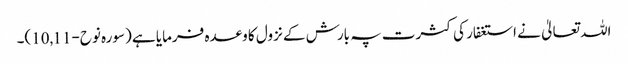
اللہ تعالیٰ نے استغفار کی کثرت پہ بارش کے نزول کا وعدہ فرمایا ہے (سورہ نوح-10,11)۔